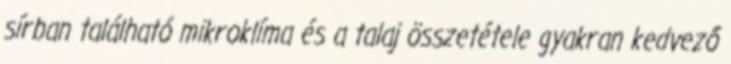
sírban található mikroklíma és a talaj összetétele gyakran kedvező